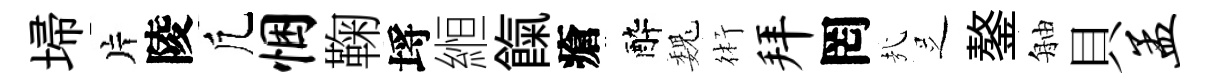
埽片陵凢悃鞠埓縆餼瘡醉巍術拜罔㢤𠯁鏊舳貝孟